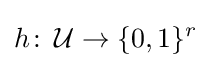
h\colon \,{\mathcal {U}}\to \{0,1\}^{r}